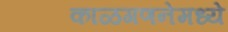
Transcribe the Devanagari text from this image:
काळगणनेमध्ये